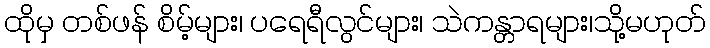
ထိုမှ တစ်ဖန် စိမ့်များ၊ ပရေရီလွင်များ၊ သဲကန္တာရများ၊သို့မဟုတ်